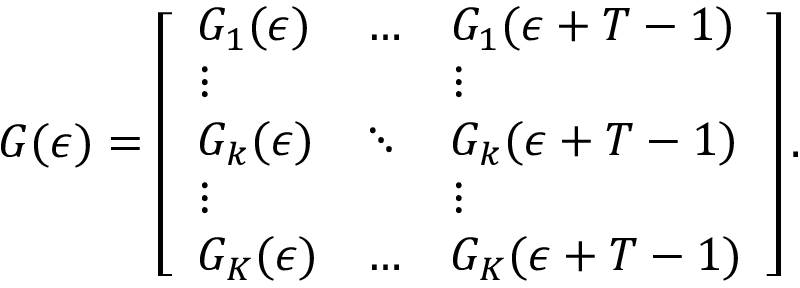
G ( \epsilon ) = \left[ \begin{array} { l l l } { G _ { 1 } ( \epsilon ) } & { \dots } & { G _ { 1 } ( \epsilon + T - 1 ) } \\ { \vdots } & & { \vdots } \\ { G _ { k } ( \epsilon ) } & { \ddots } & { G _ { k } ( \epsilon + T - 1 ) } \\ { \vdots } & & { \vdots } \\ { G _ { K } ( \epsilon ) } & { \dots } & { G _ { K } ( \epsilon + T - 1 ) } \end{array} \right] .